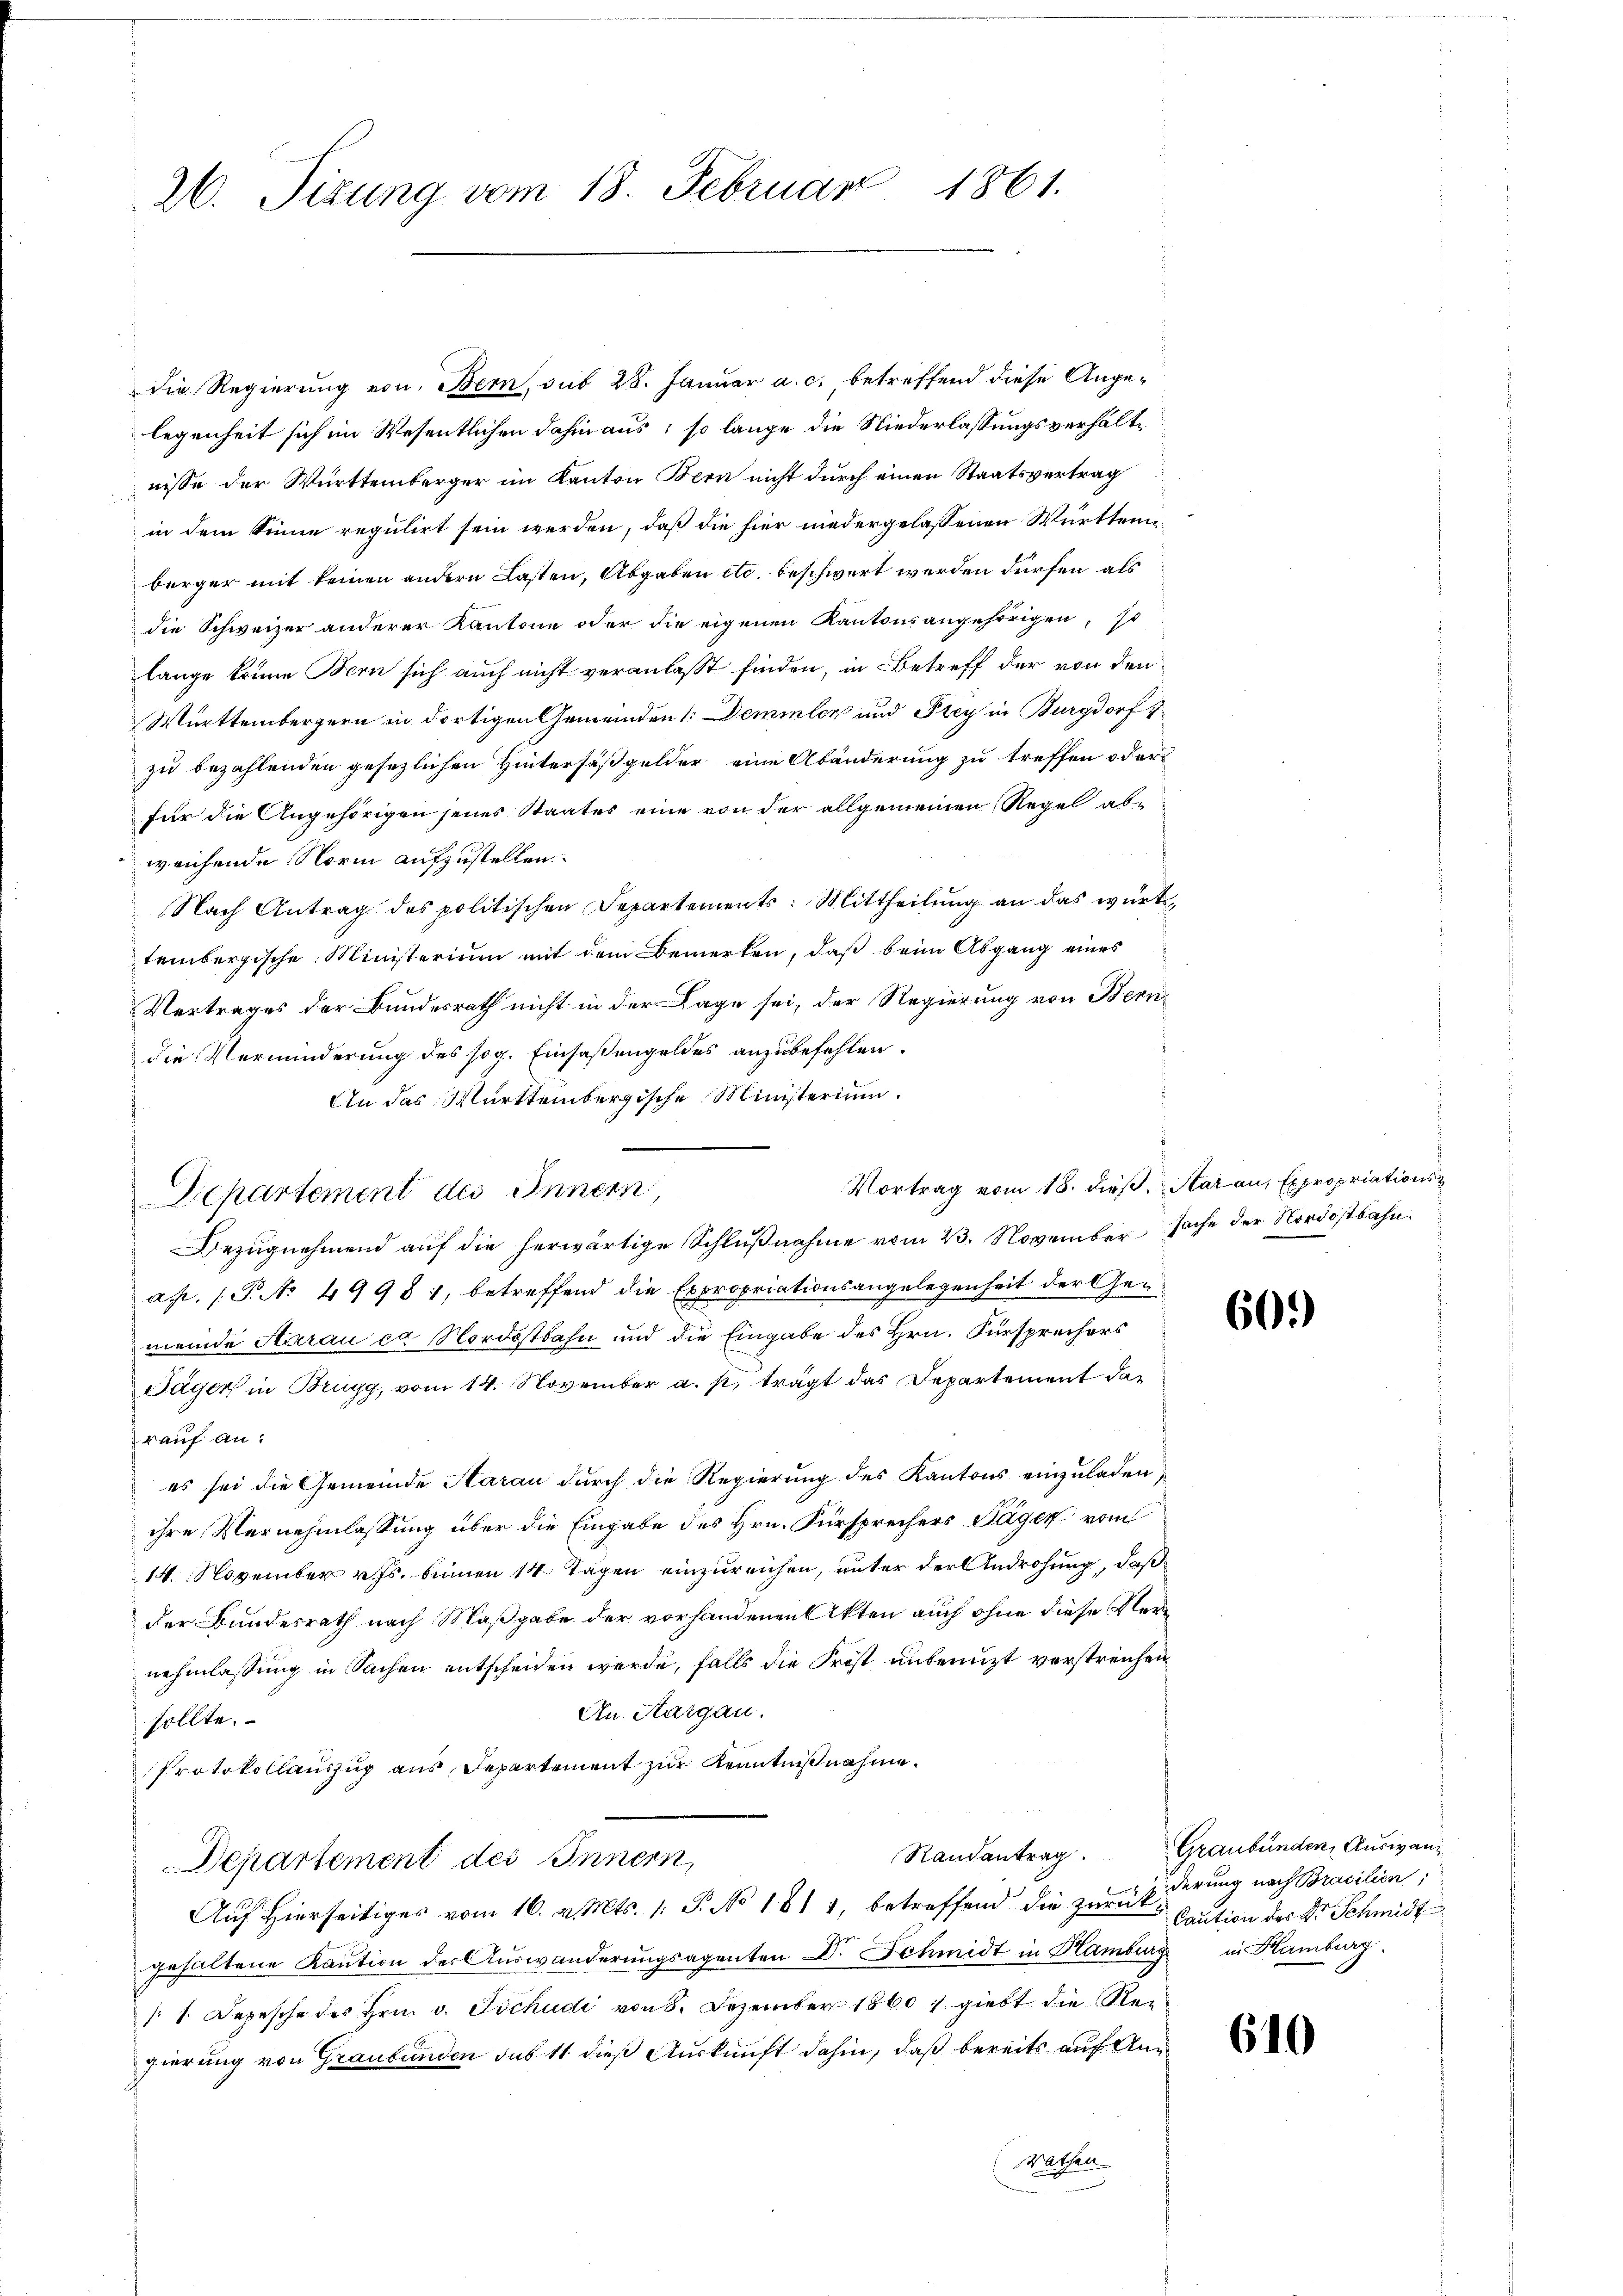
1861.
26. Sizung vom 18. Februar

die Regierung von Bern, sub 28. Januar a. c. betreffend diese Angelegenheit sich im Wesentlichen dahin aus; so lange die Niederlassungsverhältnisse der Württemberger im Kanton Bern nicht durch einen Staatsvertrag
in dem Sinne regulirt sein werden, daß die hier niedergelassenen Württembürger mit keinen andern Lasten, Abgaben etc. beschwert werden dürfen, als
die Schweizer anderer Kantone oder die eigenen Kantonsangehörigen, so
lange könne Bern sich auch nicht veranlaßt finden, in Betreff der von den
Württembergern in dortigen Gemeinden : Demmler und Frey in Burgdorf 1
zu bezahlenden gesezlichen Hintersäßgelder eine Abänderung zu treffen oder
für die Angehörigen jenes Staates eine von der allgemeinen Regel ab-
weichende Norm aufzustellen.
Nach Antrag des politischen Departements: Mittheilung an das würt
tembergische Ministerium mit dem Bemerken, daß beim Abgang eines
Vertrages der Bundesrath nicht in der Lage sei, der Regierung von Berndie Verminderung des sog. Einsaßengeldes anzubefehlen.
An das Württembergische Ministerium
Vortrag vom 18. dieß, Aarau, Expropriations¬
Departement des Innern

ap. (T. No 49981, betreffend die Expropriationsangelegenheit der Gemeinde Aarau es Nordostbahn und die Eingabe des Hrn. Fürsprechers
Jäger in Brugg, vom 14. November a. p. trägt das Departement das
rauf an:
es sei die Gemeinde Aarau durch die Regierung des Kantons einzuladen,
ihre Vernehmlassung über die Eingabe des Hrn. Fürsprechers Tagen vom
14. November v. Js. binnen 14. Tagen einzureichen, unter der Androhung, daß
der Bundesrath nach Maßgabe der vorhandenen Akten auch ohne diese Vernehmlassung in Sachen entscheiden werde, falls die Frist unbenuzt verstreichen
An. Aargau.
sollte.
Protokollauszug aus Departement zur Kenntnißnahme.
Departement des Innern,
Auf hierseitiges vom 16. v. Mts. 1. P. No 1811, betreffend die zum Erderung nach Brasilien;
gehaltene Kaution der Auswanderungsagenten Dr. Schmidt in Hamburg in Hamburg.
 1. Depesche des Hrn. v. Tschudi von 8. Dezember 1860, giebt die Reigierung von Graubünden sub 11 dieß Auskunft dahin, daß bereits auf An¬
Wathen

Bezŭgnehmend auf die herwärtige Schlußnahme vom 23. November Sache der Nordostbahn.

60.)

Randantrag. Graubünden, Auswand
Caution der Dr. Schmidt

610